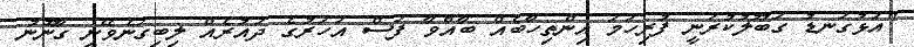
"އަޅުގަނޑު ގަބޫލުކުރަނީ ފުރިހަމަ އިންތިހާބެއް ބާއްވާ ފަސް އަހަރުގެ ދައުރެއް ލިބިގަނެވޭނީ ގާނޫނު